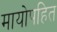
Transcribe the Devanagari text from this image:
मायोपहित